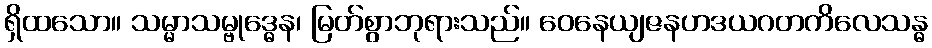
ရှိထသော။ သမ္မာသမ္ဗုဒ္ဓေန၊ မြတ်စွာဘုရားသည်။ ဝေနေယျဇနဟဒယဂတကိလေသန္ဓ